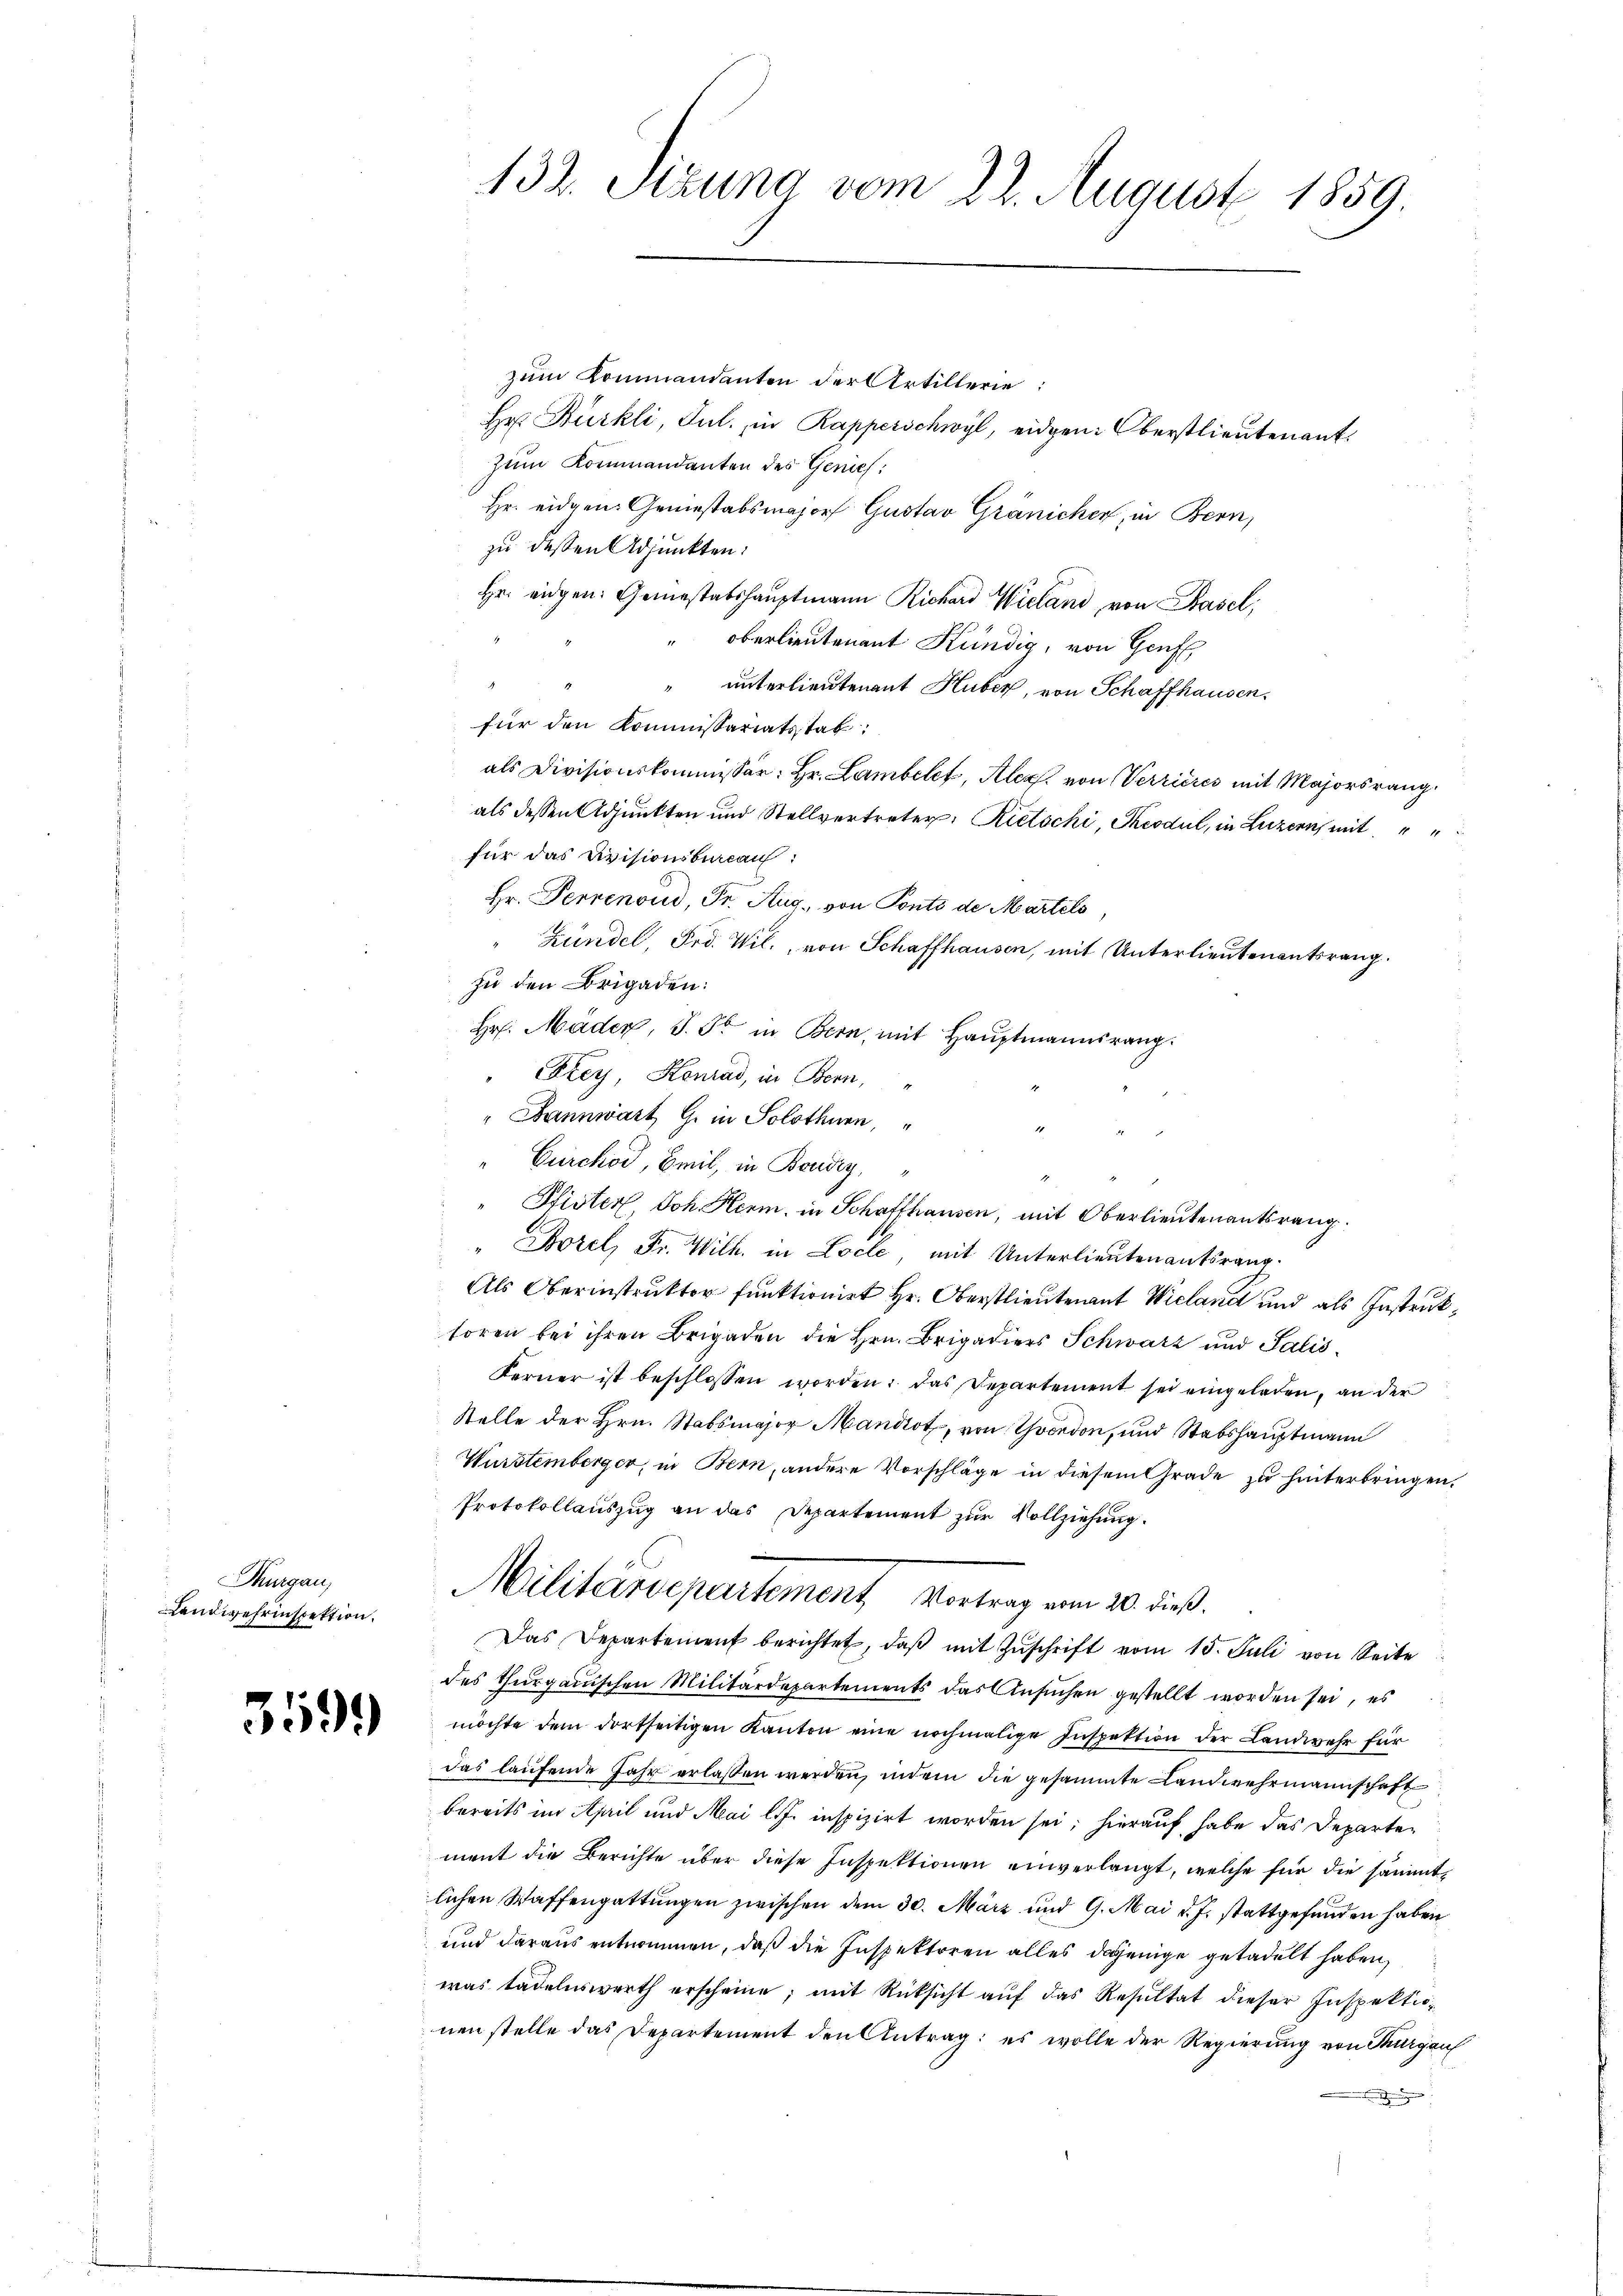
Thurgau,
Landwehrinspektion.

3599

132. Stzung vom 22. August 1859

zum Kommandanten der Artillerie
Hr. Bürkli, Jul., in Rapperschwyl, eidgen: Oberstlieutenant.
zum Kommandanten des Genies
Hr. eidgen. Geniestabsmajorf Gustav Gränicher, in Bern,
zu dessen Adjunkten:
Hr. eigen: Gemeistabshauptmann Richard Wieland, von Basel,
" Oberlieutenant Kündig, von Genf,
" unterlieutenant Huber, von Schaffhausen.
für den Kommissariatsstat
als Divisionskommissär Hr. Lambelet, Alex von Verrieres mit Majorsrang.
als dessen Adjunkten und Stellvertreter, Rietschi, Peodul, in Luzern mit
für das Divisionsbureau
Hr. Perrenoud, Dr. Aug., von Ponts de Martels
Bündel, Frd. Wil., von Schaffhausen, mit Unterlieutenantsrang.
zu den Brigaden:
Hr. Mäder, S. So in Bern, mit Hauptmannsrang.
Frey, Honrad, in Bern,
" Bannwart G. in Solothurn,
Cürchod, Beil, in Boudry,
" Pfisten Joh. Herm. in Schaffhausen, mit Oberlieutenantsrang
" Borel, Fr. Wilh. in Locle, mit Unterlieutenantsrang.
Als Oberinstrukter funktionirt Hr. Oberstlieuten Wieland und als Instrukhoren bei ihren Brigaden die Hrn. Brigadiers Schwarz und Salis¬
Ferner ist beschlossen worden: das Departement sei eingeladen, an der
Stelle der Hrn. Stabsmajor Mandot, von Yverdon, und Stabshauptmann
Wurstemberger, in Bern, andere Vorschläge in diesem Grade zu hinterbringen.
Protokollauszug an das Departement zur Vollziehung.
Militärdepartement Vortrag vom 20. dieß.
Das Departement berichtet, daß mit Zuschrift vom 15. Juli von Seite
des Thurgauischen Militärdepartements das Ansuchen gestellt worden sei, es
möchte dem dortseitigen Kanton eine nochmalige Inspektion der Landwehr für
das laufende Jahr erlassen werden, indem die gesammte Landwehrmannschaft
bereits im April und Mai l. J. inspizirt worden sei; hierauf habe das Departement die Berichte über diese Inspektionen einverlangt, welche für die sämmtlichen Waffengattungen zwischen dem 30. März und 9. Mai d. J. stattgefunden haben
und daraus entnommen, daß die Inspektoren alles dasjenige getadelt haben,
was tadelnswerth erscheine; mit Rücksicht auf das Resultat dieser Inspektion
nen stelle das Departement den Antrag: es wolle der Regierung von Thurgau
mungen